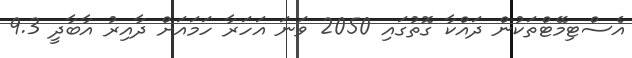
އެސްޓިމޭޓްތަކުން ދައްކާ ގޮތުގައި 2050 ވަނަ އަހަރާ ހަމައަށް ދާއިރު އާބާދީ 9.3